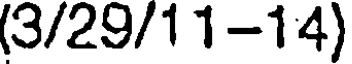
(3/29/11-14)